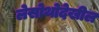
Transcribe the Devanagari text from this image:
लेसोथोदेखील